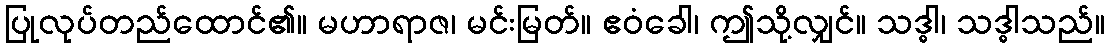
ပြုလုပ်တည်ထောင်၏။ မဟာရာဇ၊ မင်းမြတ်။ ဧဝံခေါ၊ ဤသို့လျှင်။ သဒ္ဓါ၊ သဒ္ဓါသည်။